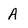
Character: A